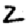
Digit: 2